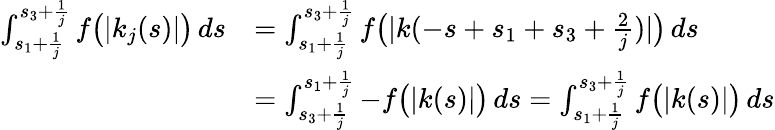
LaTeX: \begin{array}{rl}{\int_{s_{1}+\frac{1}{j}}^{s_{3}+\frac{1}{j}}f\big(|k_{j}(s)|\big)\, ds}&{=\int_{s_{1}+\frac{1}{j}}^{s_{3}+\frac{1}{j}}f\big(|k(-s+s_{1}+s_{3}+\frac{2}{j})|\big)\, ds}\\ &{=\int_{s_{3}+\frac{1}{j}}^{s_{1}+\frac{1}{j}}-f\big(|k(s)|\big)\, ds=\int_{s_{1}+\frac{1}{j}}^{s_{3}+\frac{1}{j}}f\big(|k(s)|\big)\, ds}\end{array}